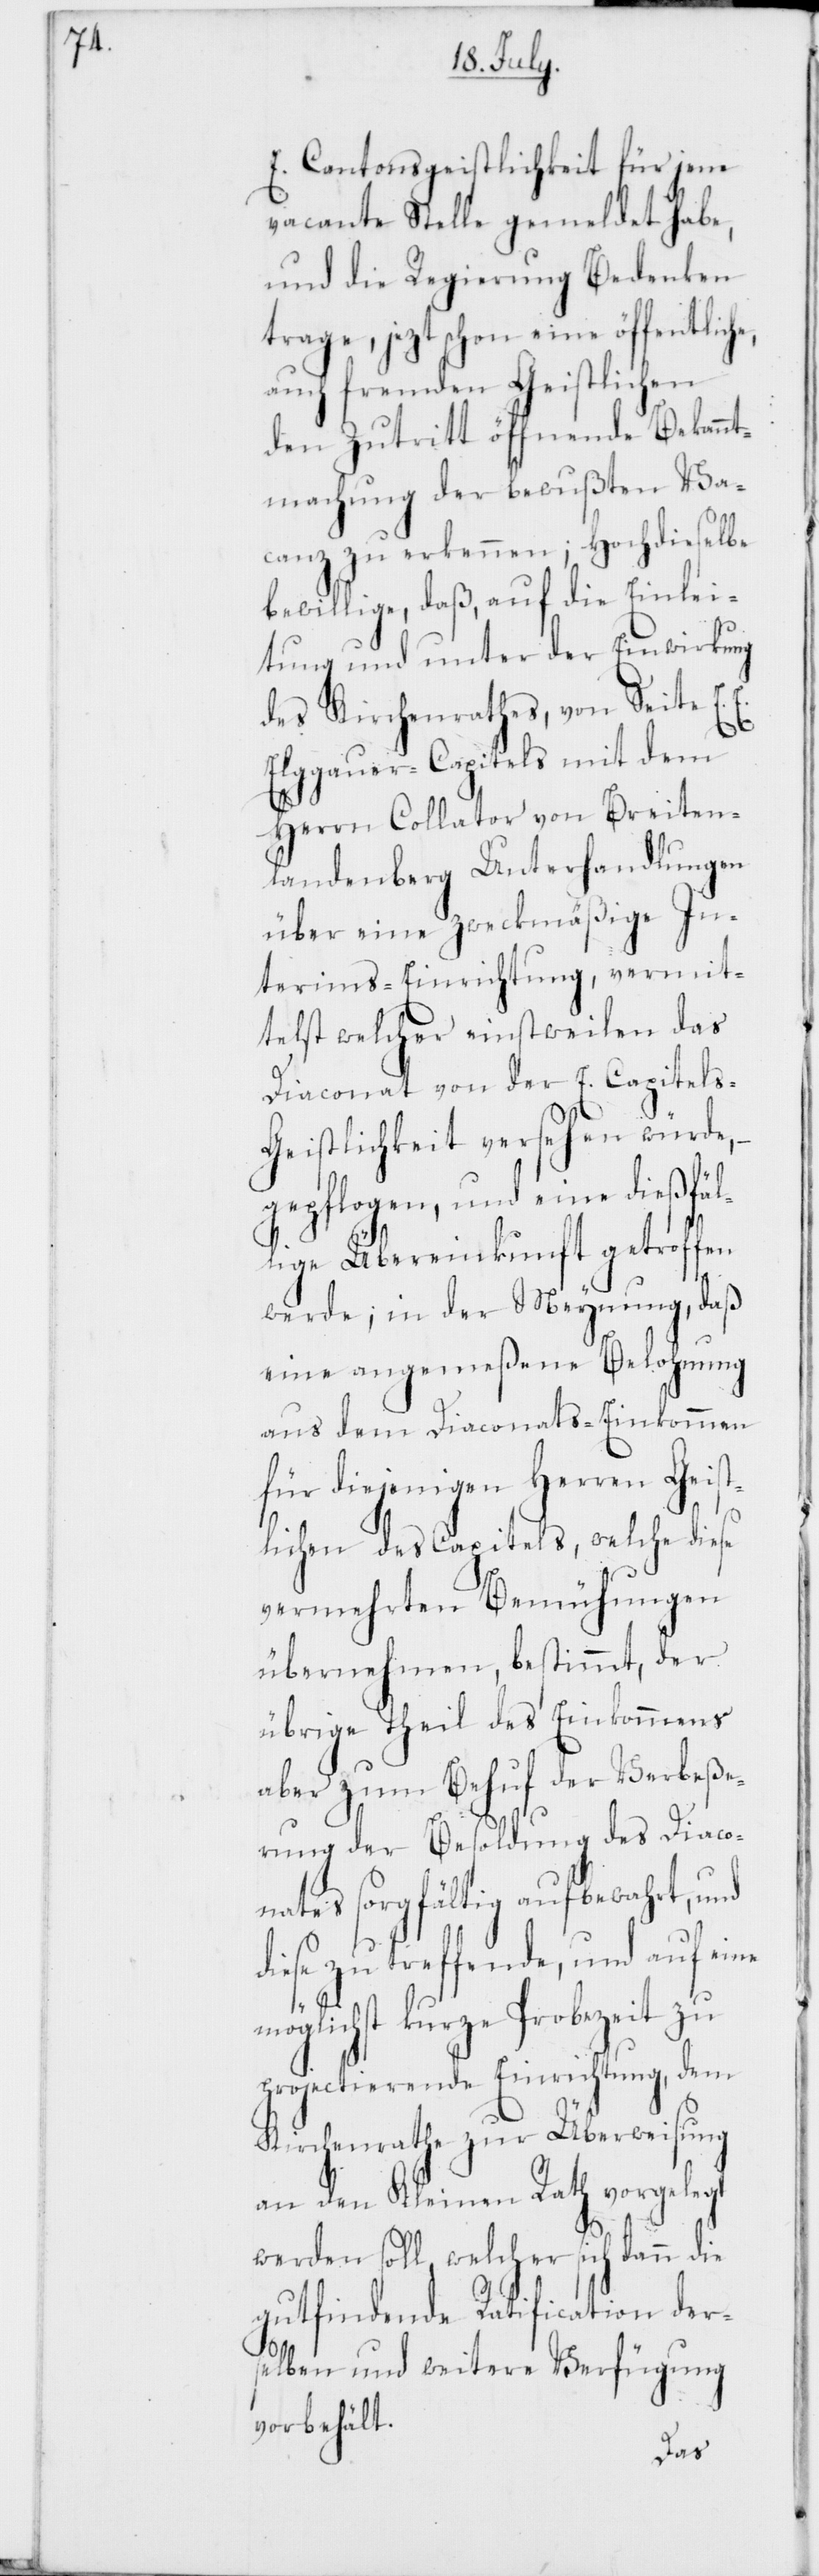
E. Cantonsgeistlichkeit für jene
vacante Stelle gemeldet habe,
und die Regierung Bedenken
trage, jezt schon eine öffentliche,
auch fremden Geistlichen
den Zutritt öffnende Bekannt¬
machung der bewußten Va¬
canz zu erkennen; Hochdieselbe
bewillige, daß, auf die Einlei¬
tung und unter der Einwirkung
des Kirchenrathes, von Seite E.
Elggauer-Capitels mit dem
Herrn Collator von Breiten¬
landenberg Unterhandlungen
über eine zweckmäßige In¬
terims-Einrichtung, vermit¬
telst welcher einstweilen das
Diaconat von der E. Capitel¬
s-Geistlichkeit versehen würde,
gepflogen, und eine dießfäl¬
lige Übereinkunft getroffen
werde; in der Meynung, daß
eine angemeßene Belohnung
aus dem Diaconats-Einkommen
für diejenigen Herren Geist¬
lichen des Capitels, welche diese
vermehrten Bemühungen
übernehmen, bestimmt, der
übrige Theil des Einkommens
aber zum Behuf der Verbeße¬
rung der Besoldung des Diaco¬
nates sorgfältig aufbewahrt, und
diese zu treffende, und auf eine
möglichst kurze Probezeit zu
projectierende Einrichtung, dem
Kirchenrathe zur Überweisung
an den Kleinen Rath vorgelegt
werden soll, welcher sich dann die
gutfindende Ratification der¬
selben und weitere Verfügung
vorbehält.